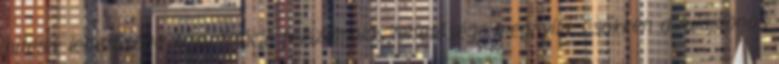
hitelek lehetősége Amortizáció felszámolás lehetősége megnyílik Csökken a tulajdonos